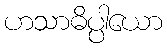
ဟသာဓိပ္ပါယော